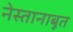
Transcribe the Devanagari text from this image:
नेस्तानाबूत